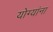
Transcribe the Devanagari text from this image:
योग्यांना